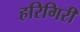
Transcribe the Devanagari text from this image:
हरिगिरी